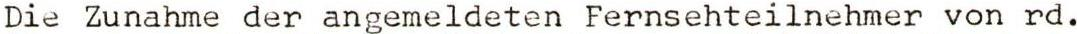
Die Zunahme der angemeldeten Fernsehteilnehmer von rd.